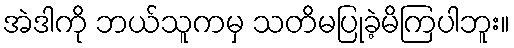
အဲဒါကို ဘယ်သူကမှ သတိမပြုခဲ့မိကြပါဘူး။